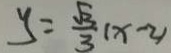
y = \frac { \sqrt { 3 } } { 3 } ( x - 2 )